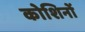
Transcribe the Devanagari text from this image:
कोशिनों